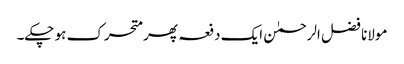
مولانا فضل الرحمٰن ایک دفعہ پھر متحرک ہو چکے۔